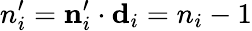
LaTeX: n_{i}^{\prime}={\mathbf n}_{i}^{\prime}\cdot{\mathbf d}_{i}=n_{i}-1